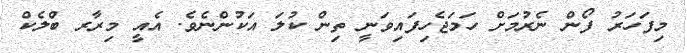
މިފަހަރު ފޯން ނެރުމަށް ހަމަޖެހިފައިވަނީ ތިން ކުލަ އަކުންނެވެ. އެއީ މިރާރ ބްލެކް